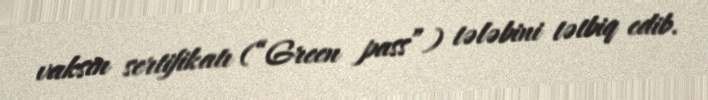
vaksin sertifikatı (“Green pass”) tələbini tətbiq edib.